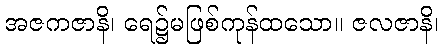
အဇကဇာနိ၊ ရေ၌မဖြစ်ကုန်ထသော။ ဇလဇာနိ၊